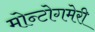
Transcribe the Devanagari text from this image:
मोन्टोगमेरी